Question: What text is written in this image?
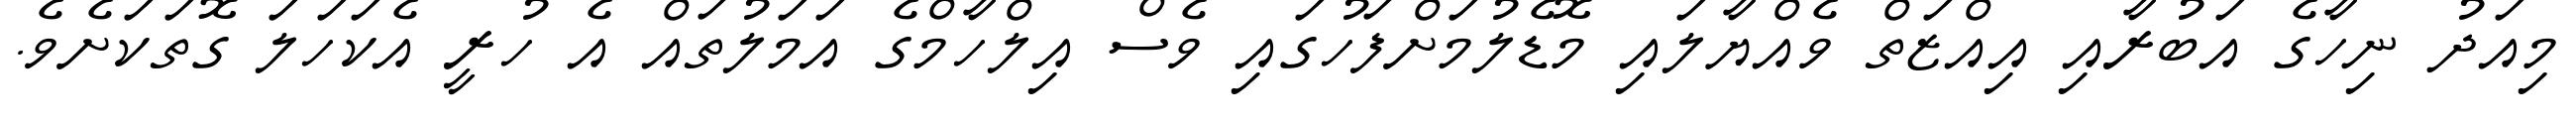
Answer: މިއަދު ނިހާގެ އަބުރާއި އިއްޒަތް ވެއްޔާލައި މޮޑެލުމަށްފަހުގައި ވެސް އިލްހާމްގެ އަމަލުތައް އެ ހުރީ އެކަހަލަ ގޮތަކަށެވެ.